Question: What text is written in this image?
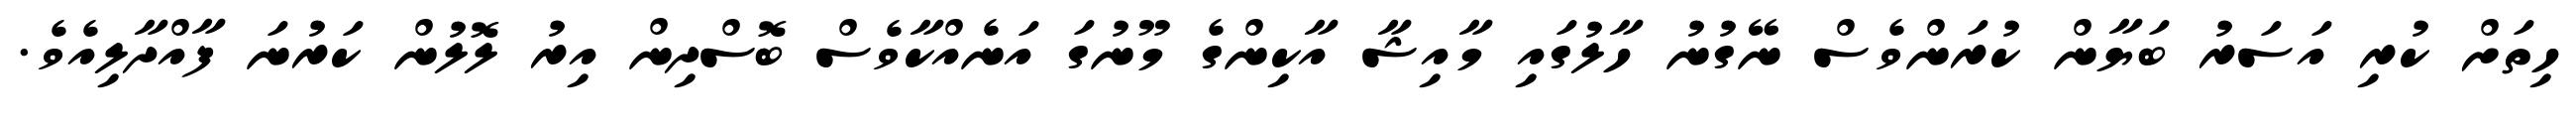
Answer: ހިތަށް ކުރި އަސަރު ބަޔާން ކުރަންވެސް ނޭގުނު ހާލުގައި މާއިޝާ އާކިންގެ މޫނުގަ އަނެއްކާވެސް ބޮސްދިން އިރު ލޮލުން ކަރުނަ ފާއްދާލިއެވެ.